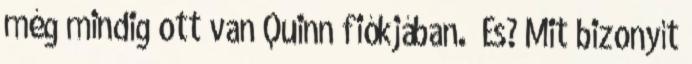
még mindig ott van Quinn fiókjában.” És? Mit bizonyít